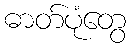
ဓာတ်ပုံတွေ